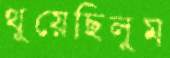
থুয়েছিলুম